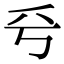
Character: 𠂞